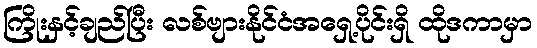
ကြိုးနှင့်ချည်ပြီး လစ်ဗျားနိုင်ငံအရှေ့ပိုင်းရှိ ထိုဒကာမှာ